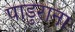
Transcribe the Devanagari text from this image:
पाडुराना